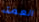
العمة